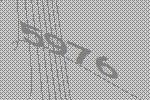
5976